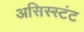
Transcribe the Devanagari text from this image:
असिस्स्टंट